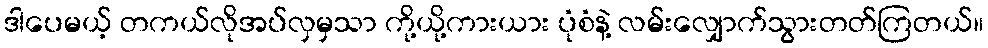
ဒါပေမယ့် တကယ်လိုအပ်လှမှသာ ကို့ယို့ကားယား ပုံစံနဲ့ လမ်းလျှောက်သွားတတ်ကြတယ်။